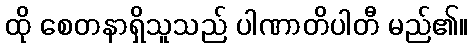
ထို စေတနာရှိသူသည် ပါဏာတိပါတီ မည်၏။